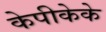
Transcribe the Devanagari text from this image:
केपीकेके